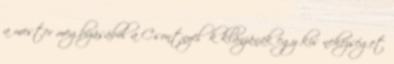
a mester megbízásából a Csontnyelők klánjának egy kis nehézséget